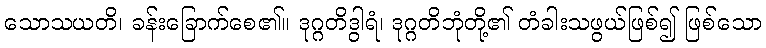
သောသယတိ၊ ခန်းခြောက်စေ၏။ ဒုဂ္ဂတိဒွါရံ၊ ဒုဂ္ဂတိဘုံတို့၏ တံခါးသဖွယ်ဖြစ်၍ ဖြစ်သော